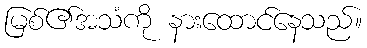
မြစ်၏အသံကို နားထောင်နေသည်။